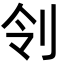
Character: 刢